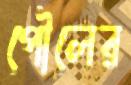
পৌলের